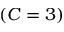
\left( C = 3 \right)